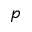
p